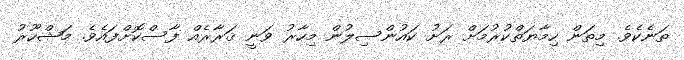
ތަނެކެވެ. މިތަން ހިމާޔަތްކުރުމަށް ރަށު ކައުންސިލުން މިހާރު ވަނީ ޤަރާރެއް ފާސްކޮށްފައެވެ. މަޝްހޫރު